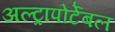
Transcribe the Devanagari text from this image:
अल्ट्रापोर्टेबल